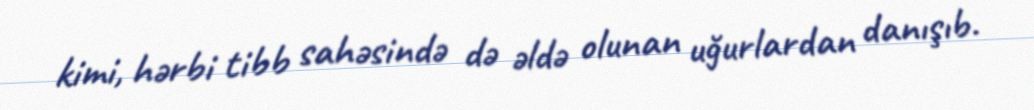
kimi, hərbi tibb sahəsində də əldə olunan uğurlardan danışıb.